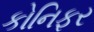
કોનિફર